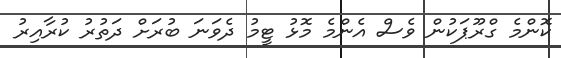
ކޮންމެ ގްރޫޕަކުން ވެސް އެންމެ މޮޅު ޓީމު ދެވަނަ ބުރަށް ދަތުރު ކުރާއިރު